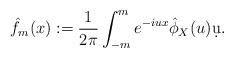
LaTeX: \begin{align*}\hat f_{m}(x):=\frac{1}{2\pi}\int_{-m}^{ m}e^{-iux}\hat\phi_{X}(u)\d u.\end{align*}